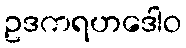
ဥဒကရဟဒေါဝ